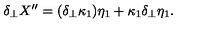
\delta _ { \perp } X ^ { \prime \prime } = ( \delta _ { \perp } \kappa _ { 1 } ) \eta _ { 1 } + \kappa _ { 1 } \delta _ { \perp } \eta _ { 1 } .